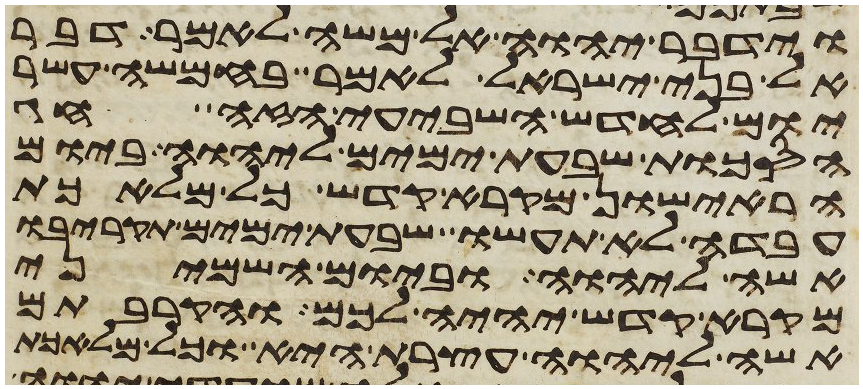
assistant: וידבר יהוה אל משה לאמר דבר
אל בני ישראל לאמר בחמשה עשר
יום לחדש השביעי הזה חג
הסכות שבעת ימים ליהוה ביום
הראישון מקרא קדש כל מלאכת
עבדה לא תעשו שבעת ימים תקריבו
אשה ליהוה וביום השמיני
מקרא קדש יהיה לכם והקרבתם
אשה ליהוה עצרת היא וכל מלאכת